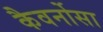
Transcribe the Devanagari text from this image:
कैवर्नोसा